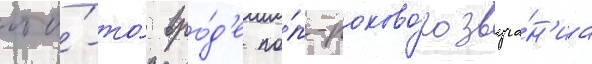
что́-то́ вро́д'е по́п-роково́го звуча́н'иа